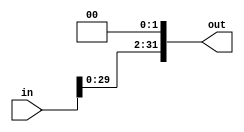
`timescale 1ns / 1ps

module shift_left_two(
    output [31:0]out,
    input [31:0]in
    );
    
    
    assign out = in<<2;
    
endmodule